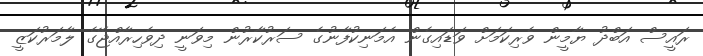
ރައީސް އަބްދު ޔާމީން ވެރިކަމަށް ވަޑައިގެން އެމަނިކުފާނުގެ ސަރުކާރުން މިވަނީ ދިވެހިރާއްޖޭގެ ލާމަރުކަޒީ